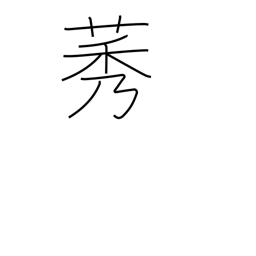
Meaning: type of weed which resembles rice